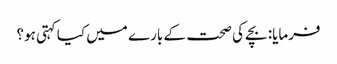
فرمایا: بچے کی صحت کے بارے میں کیا کہتی ہو؟